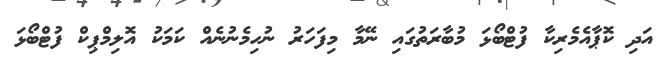
އަދި ކޮޕާއެމެރިކާ ފުޓްބޯޅަ މުބާރަތުގައި ނޭމާ މިފަހަރު ނުހިމެނުނެއް ކަމަކު އޮލިމްޕިކް ފުޓްބޯޅަ